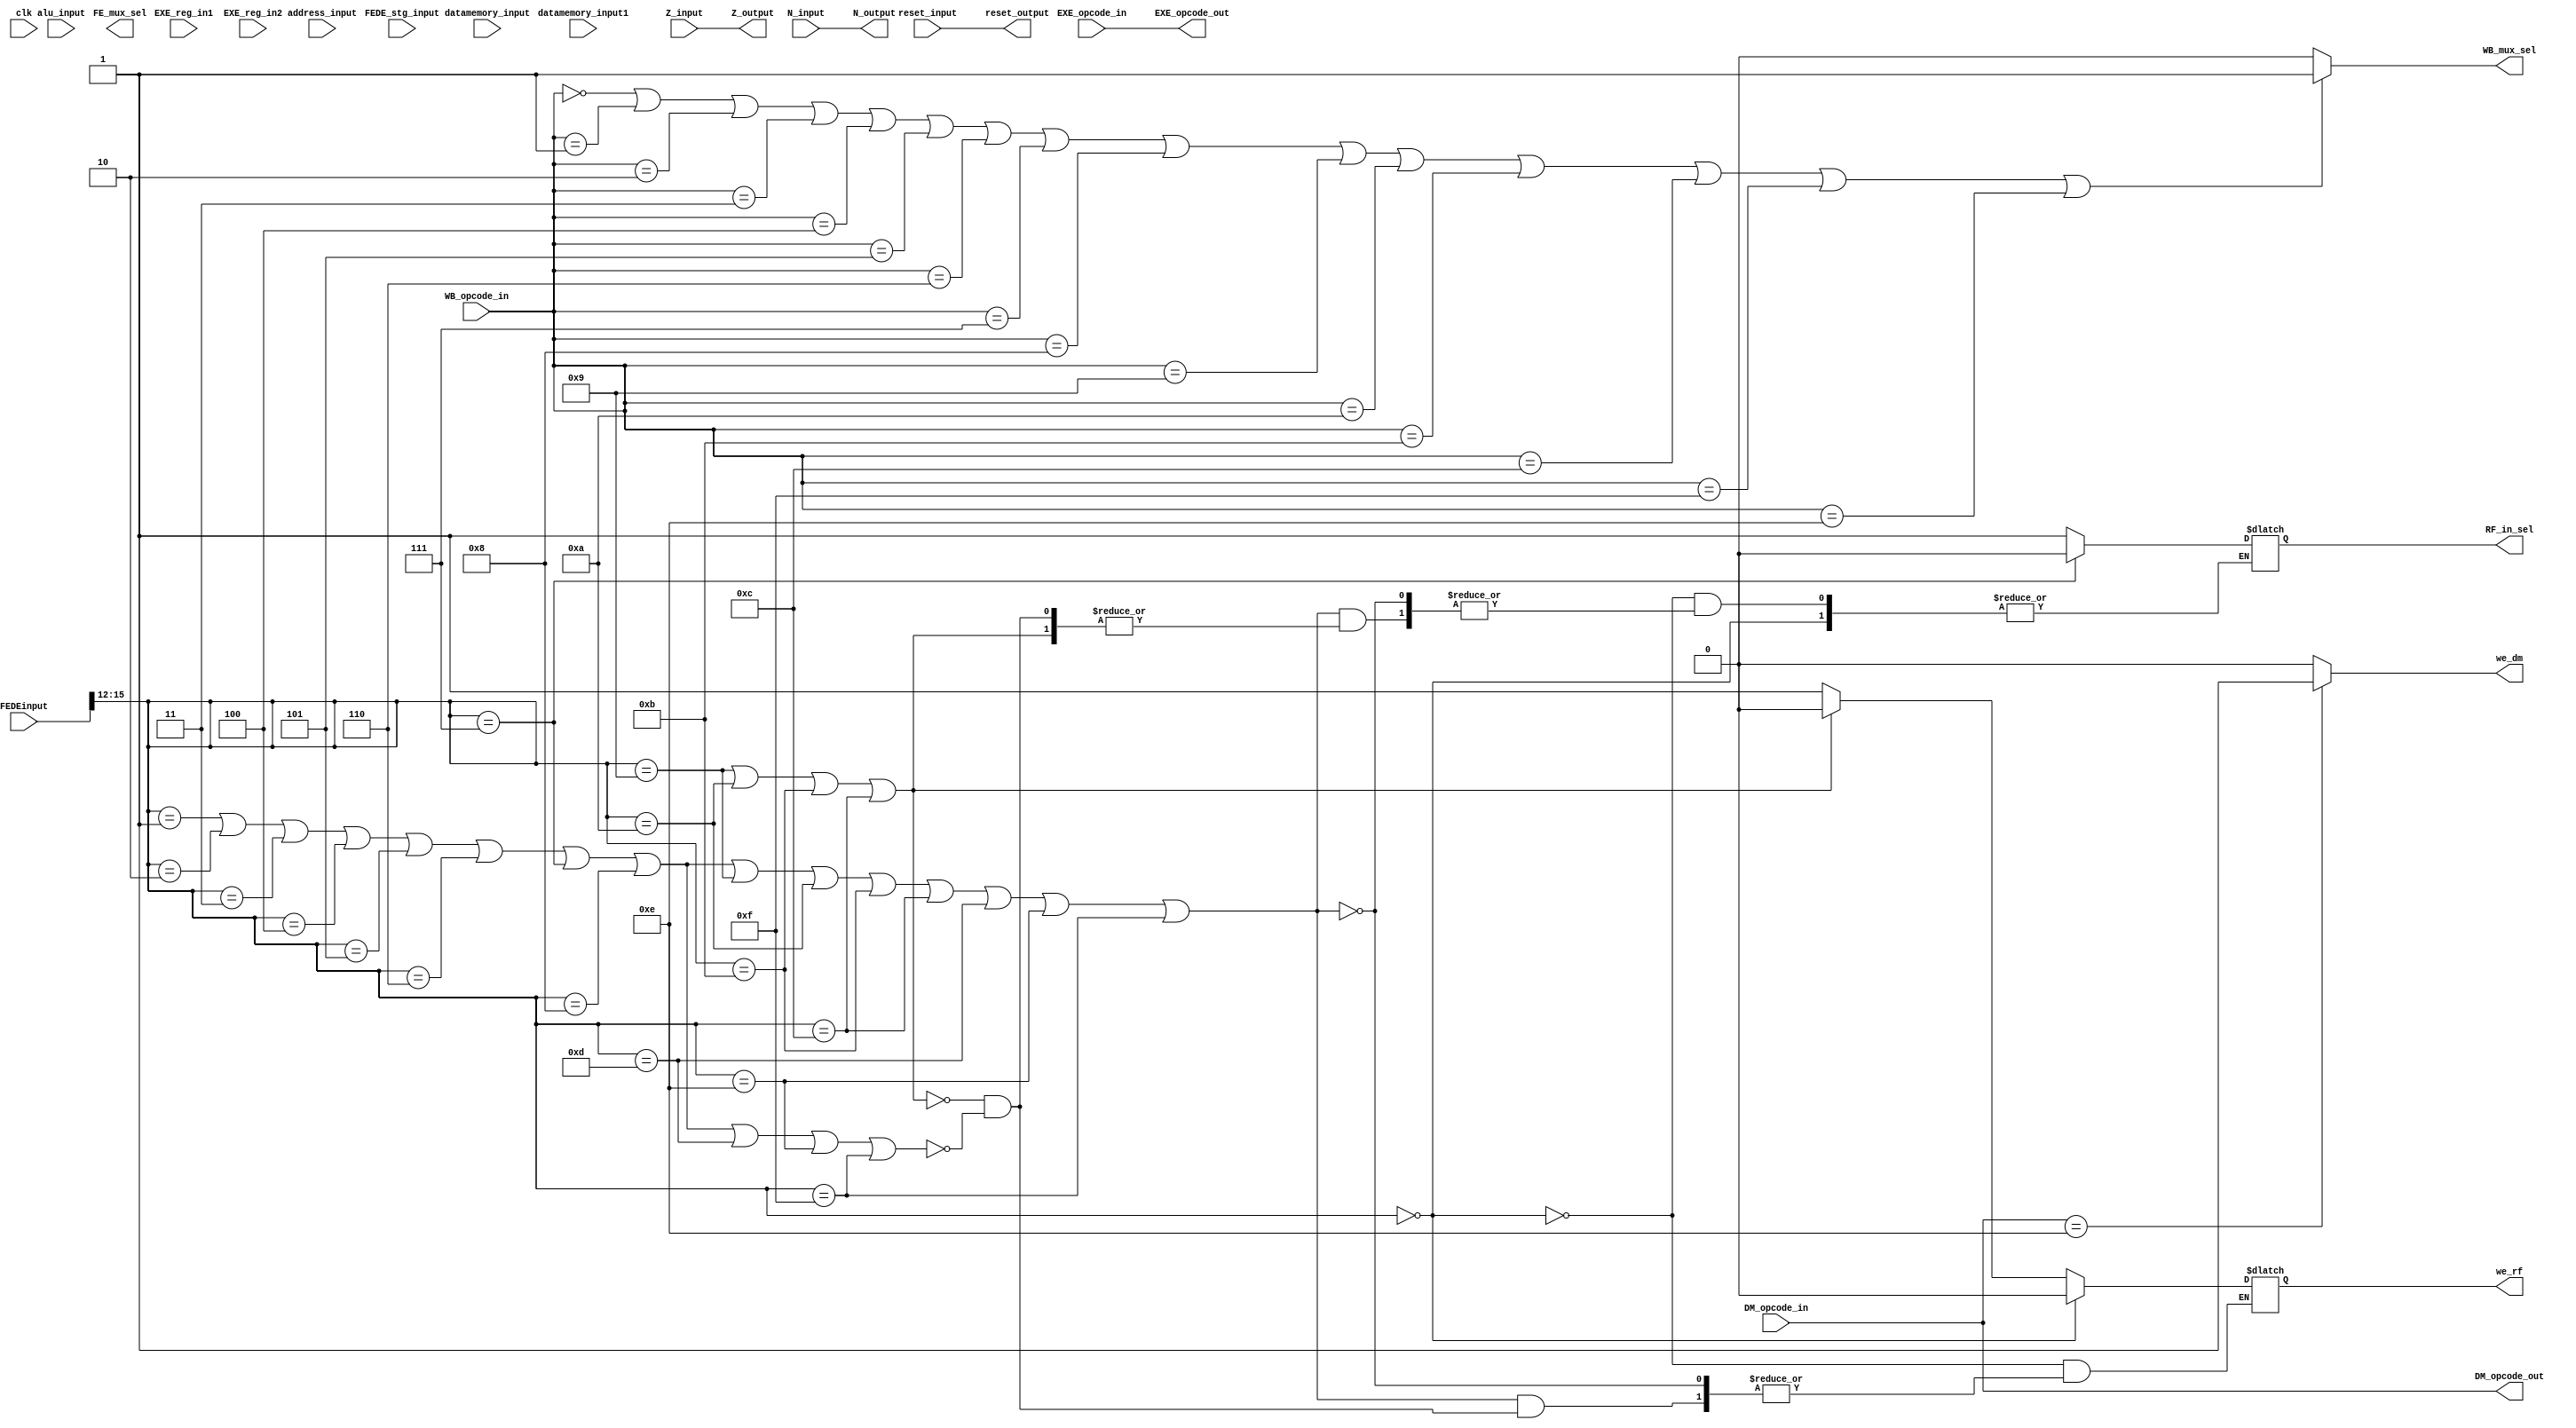
module controller(
        input wire reset_input,
        input wire clk,
        //FE_DE
        input wire [23:0] FEDEinput,
		  input wire [23:0] FEDE_stg_input, 
		  input wire Z_input,N_input,
		  output reg Z_output,N_output,
		  output reg we_rf,
		  output reg FE_mux_sel,
		  output reg RF_in_sel, 
		  
		  
		  //DE_EXE
		  input wire [7:4] EXE_opcode_in,
		  input wire [7:0] EXE_reg_in1,
	     input wire [7:0] EXE_reg_in2,
		  output reg [3:0] EXE_opcode_out,
		  
		  
		  //EXE_DM
		  input wire [7:0] address_input,
	     input wire [7:0] alu_input,
		  input wire [7:4] DM_opcode_in,
		  output reg we_dm,
		  output reg [3:0] DM_opcode_out,
		  output reg reset_output,
		  
		  
		  //DM_WB
		  input wire [7:4] WB_opcode_in,
		  input wire [7:0] datamemory_input,
	     input wire [7:0] datamemory_input1,
		  output reg WB_mux_sel);
	 	     
       




always @(reset_input,Z_input,N_input)begin
      reset_output <= reset_input;
		
		if (reset_input == 1'b1) begin
		   Z_output <= 1'b1;
         N_output <= 1'b0;	
		end
		
      Z_output <= Z_input;
      N_output <= N_input;
end
		  
always @(FEDEinput)
begin
       
       
    if (FEDEinput [15:12] == 4'b0000) begin //nop
		we_rf <= 1'b0;
	 end
	 else if (FEDEinput [15:12] == 4'b0001 | FEDEinput [15:12] == 4'b0010 | FEDEinput [15:12] == 4'b0011 | FEDEinput [15:12] == 4'b0100 | FEDEinput [15:12] == 4'b0101 | FEDEinput [15:12] == 4'b0110 | FEDEinput [15:12] == 4'b0111 | FEDEinput [15:12] == 4'b1000 | FEDEinput [15:12] == 4'b1001 | FEDEinput [15:12] == 4'b1010 | FEDEinput [15:12] == 4'b1011 | FEDEinput [15:12] == 4'b1100 | FEDEinput [15:12] == 4'b1101 | FEDEinput [15:12] == 4'b1110 | FEDEinput [15:12] == 4'b1111) begin
		if (FEDEinput [15:12] == 4'b1001 | FEDEinput [15:12] == 4'b1010 | FEDEinput [15:12] == 4'b1011 | FEDEinput [15:12] == 4'b1100) begin //branch format
			we_rf <= 1'b0 ;
		end
      else if (FEDEinput [15:12] == 4'b0001 | FEDEinput [15:12] == 4'b0010 | FEDEinput [15:12] == 4'b0011 | FEDEinput [15:12] == 4'b0100 | FEDEinput [15:12] == 4'b0101 | FEDEinput [15:12] == 4'b0110 | FEDEinput [15:12] == 4'b0111 | FEDEinput [15:12] == 4'b1000 | FEDEinput [15:12] == 4'b1101 | FEDEinput [15:12] == 4'b1110 | FEDEinput [15:12] == 4'b1111) begin			
	      we_rf <= 1'b1;
			if (FEDEinput [15:12] == 4'b0111)
			   RF_in_sel <= 1'b0;
			else 
			   RF_in_sel <= 1'b1;
		end
	 end	
end

			
always @(EXE_opcode_in, EXE_reg_in1, EXE_reg_in2)
begin
      EXE_opcode_out <= EXE_opcode_in; 	
end 


always @(DM_opcode_in, address_input, alu_input)
begin
   DM_opcode_out <= DM_opcode_in;
   if (DM_opcode_in == 4'b1110)
	   // @ (posedge clk)
       we_dm <= 1'b1; 
	else 
	    we_dm <= 1'b0; 
	
end

always @(datamemory_input, datamemory_input1)
begin
   if (WB_opcode_in == 4'b0000 | WB_opcode_in == 4'b0001 | WB_opcode_in == 4'b0010 | WB_opcode_in == 4'b0011 | WB_opcode_in == 4'b0100 | WB_opcode_in == 4'b0101 | WB_opcode_in == 4'b0110 | WB_opcode_in == 4'b0111 | WB_opcode_in == 4'b1000 | WB_opcode_in == 4'b1001 | WB_opcode_in == 4'b1010 | WB_opcode_in == 4'b1011 | WB_opcode_in == 4'b1100 | WB_opcode_in  == 4'b1111 | WB_opcode_in == 4'b1110)
       WB_mux_sel <= 1'b1; 
	else 
	    WB_mux_sel <= 1'b0; 
	
end

endmodule